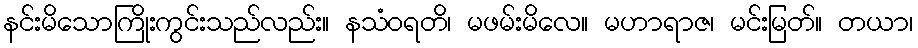
နင်းမိသောကြိုးကွင်းသည်လည်း။ နသံဝရတိ၊ မဖမ်းမိလေ။ မဟာရာဇ၊ မင်းမြတ်။ တယာ၊